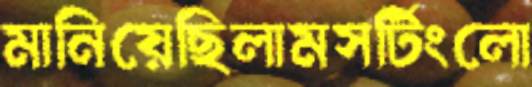
মানিয়েছিলামসর্টিংলো